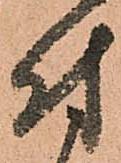
付